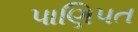
પાણિપત